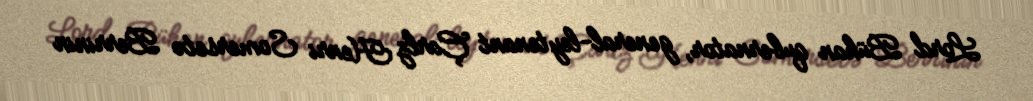
Lord Bühan qubernator, general-leytenant Çarlz Henri Somersetə Berrinin